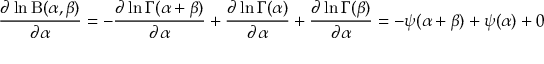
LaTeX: { \frac { \partial \ln \mathrm { B } ( \alpha , \beta ) } { \partial \alpha } } = - { \frac { \partial \ln \Gamma ( \alpha + \beta ) } { \partial \alpha } } + { \frac { \partial \ln \Gamma ( \alpha ) } { \partial \alpha } } + { \frac { \partial \ln \Gamma ( \beta ) } { \partial \alpha } } = - \psi ( \alpha + \beta ) + \psi ( \alpha ) + 0